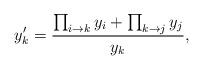
LaTeX: \begin{align*}y_{k}'=\frac{\prod_{i\rightarrow k} y_{i}+\prod_{k\rightarrow j} y_{j}}{y_{k}}, \end{align*}